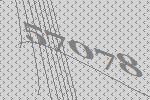
57078